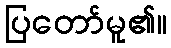
ပြတော်မူ၏။